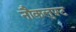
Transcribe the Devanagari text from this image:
नौकलुफ़्ट